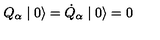
Q _ { \alpha } \mid 0 \rangle = \dot { Q } _ { \alpha } \mid 0 \rangle = 0